Plague in India, 1896, 1897 - Volume 1
Year: 1896
Disease focus: Plague
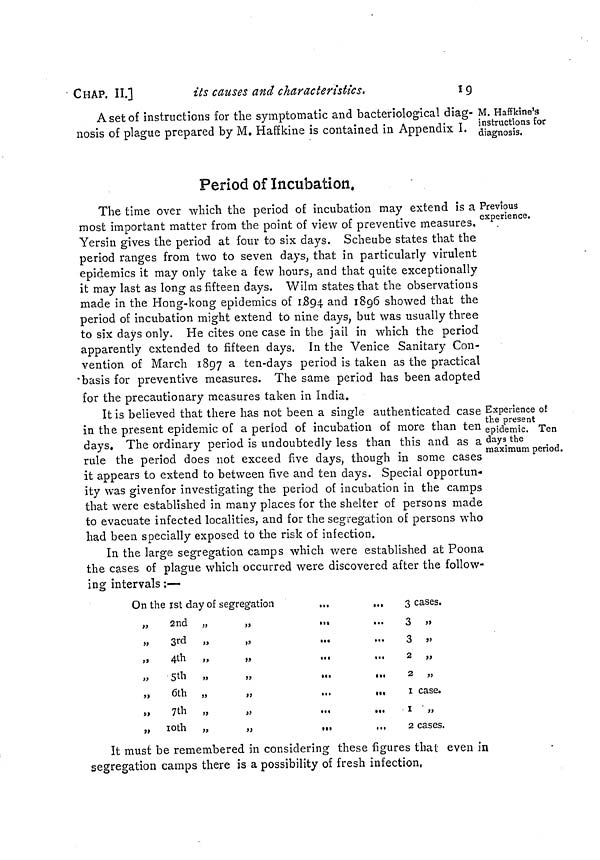
CHAP. IL]
its causes and characteristics,
19
M. Haffkine's
instructions for
diagnosis.
A set of instructions for the symptomatic and bacteriological diag-
nosis of plague prepared by M. Haffkine is contained in Appendix I.
Period of Incubation.
Previous
experience.
The time over which the period of incubation may extend is a
most important matter from the point of view of preventive measures. '
Yersin gives the period at four to six days. Scheube states that the
period ranges from two to seven days, that in particularly virulent
epidemics it may only take a few hours, and that quite exceptionally
it may last as long as fifteen days. Wilm states that the observations
made in the Hong-kong epidemics of 1894 and 1896 showed that the
period of incubation might extend to nine days, but was usually three
to six days only. He cites one case in the jail in which the period
apparently extended to fifteen days. In the Venice Sanitary Con-
vention of March 1897 a ten-days period is taken as the practical
basis for preventive measures. The same period has been adopted
for the precautionary measures taken in India.
Experience of
the present
epidemic. Ten
days the
maximum period.
It is believed that there has not been a single authenticated case
in the present epidemic of a period of incubation of more than ten
days. The ordinary period is undoubtedly less than this and as a
rule the period does not exceed five days, though in some cases
it appears to extend to between five and ten days. Special opportun-
ity was givenfor investigating the period of incubation in the camps
that were established in many places for the shelter of persons made
to evacuate infected localities, and for the segregation of persons who
had been specially exposed to the risk of infection.
In the large segregation camps which were established at Poona
the cases of plague which occurred were discovered after the follow-
ing intervals :—
On the 1st day of segregation
...
...
„
2nd „
„
„
3rd „
„
„
4th
,,
„
...
...
„
5th
„
„
...
...
„ 6th
„
,,
...
...
„
7th „
„
,,
10th
„
„
„
...
3 cases.
3 »
3 »
2
„
2
„
1 case.
1 „
2 cases.
It must be remembered in considering these figures that even in
segregation camps there is a possibility of fresh infection,